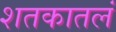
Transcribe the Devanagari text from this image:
शतकातलं